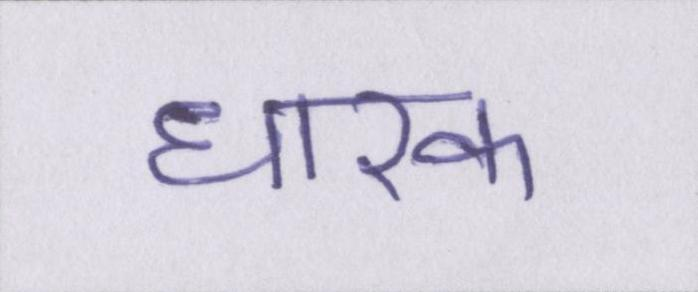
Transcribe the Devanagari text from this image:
धारक